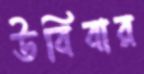
উবিবার